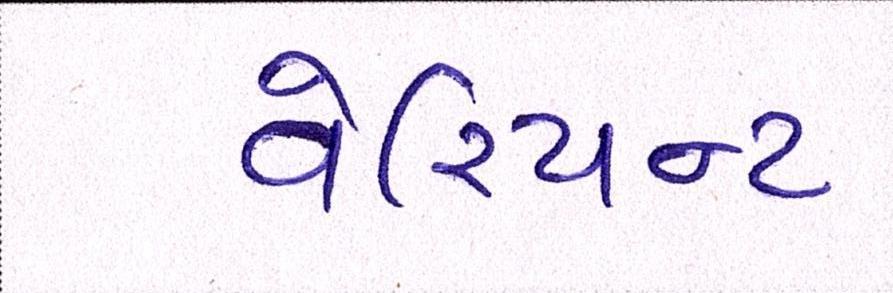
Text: વેરિયન્ટ